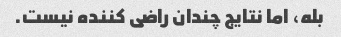
بله، اما نتایج چندان راضی کننده نیست.